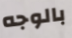
بالوجه